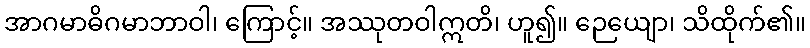
အာဂမာဓိဂမာဘာဝါ၊ ကြောင့်။ အဿုတဝါဣတိ၊ ဟူ၍။ ဉေယျော၊ သိထိုက်၏။